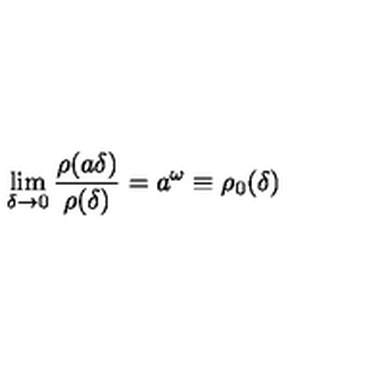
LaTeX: \lim _ { \delta \rightarrow 0 } \frac { \rho ( a \delta ) } { \rho ( \delta ) } = a ^ { \omega } \equiv \rho _ { 0 } ( \delta )